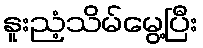
နူးညံ့သိမ်မွေ့ပြီး